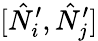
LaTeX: [\hat{N}_{i}^{\prime},\hat{N}_{j}^{\prime}]